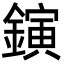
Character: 鏔